Report of the Indian Hemp Drugs Commission, 1894-1895 - Volume VI
Year: 1894
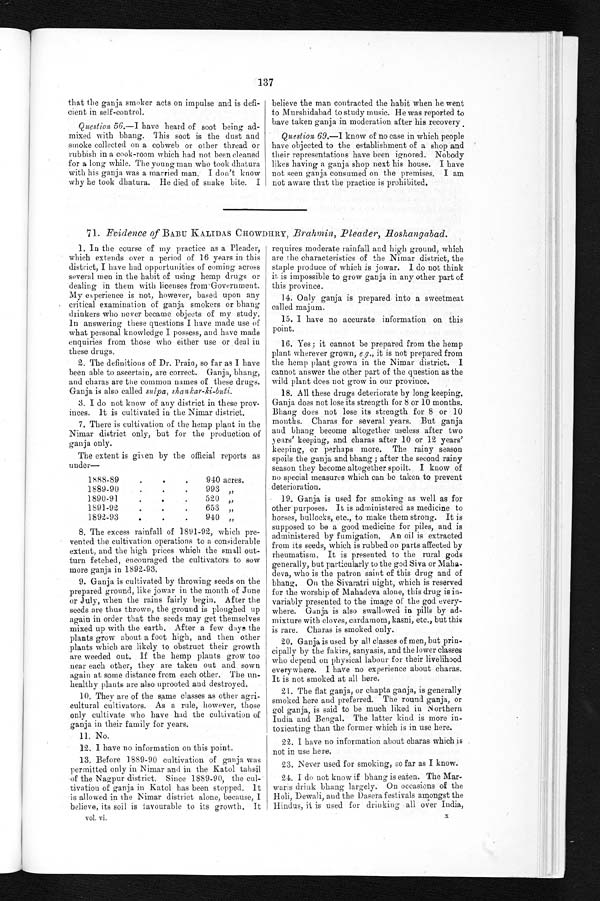
137
that the ganja smoker acts on impulse and is defi-
cient in self-control.
Question 56 .—I have heard of soot being ad-
mixed with bhang. This soot is the dust and
smoke collected on a cobweb or other thread or
rubbish in a cook-room which had not been cleaned
for a long while. The young man who took dhatura
with his ganja was a married man. I don't know
why he took dhatura. He died of snake bite. I
believe the man contracted the habit when he went
to Murshidabad to study music. He was reported to
have taken ganja in moderation after his recovery.
Question 69.—I know of no case in which people
have objected to the establishment of a shop and
their representations have been ignored. Nobody
likes having a ganja shop next his house. I have
not seen ganja consumed on the premises. I am
not aware that the practice is prohibited.
71. Evidence of BABU KALIDAS CHOWDHRY, Brahmin, Pleader, Hoshangabad.
1. In the course of my practice as a Pleader,
which extends over a period of 16 years in this
district, I have had opportunities of coming across
several men in the habit of using hemp drugs or
dealing in them with licenses from Government.
My experience is not, however, based upon any
critical examination of ganja smokers or bhang
drinkers who never became objects of my study.
In answering these questions I have made use of
what personal knowledge I possess, and have made
enquiries from those who either use or deal in
these drugs.
2. The definitions of Dr. Prain, so far as I have
been able to ascertain, are correct. Ganja, bhang,
and charas are the common names of these drugs.
Ganja is also called sulpa, shankar-ki-buti.
3.
I do not know of any district in these prov-
inces. It is cultivated in the Nimar district.
7. There is cultivation of the hemp plant in the
Nimar district only, but for the production of
ganja only.
The extent is given by the official reports as
u n d e r —
1888-89
.
.
.
940 acres.
1889-90
.
.
.
993 „
1890-91.
..
520 „
1891-92
.
.
.
653 „
1892-93.
..
940 „
8. The excess rainfall of 1891-92, which pre-
vented the cultivation operations to a considerable
extent, and the high prices which the small out-
turn fetched, encouraged the cultivators to sow
more ganja in 1892-93.
9. Ganja is cultivated by throwing seeds on the
prepared ground, like jowar in the month of June
or July, when the rains fairly begin. After the
seeds are thus thrown, the ground is ploughed up
again in order that the seeds may get themselves
mixed up with the earth. After a few days the
plants grow about a foot high, and then other
plants which are likely to obstruct their growth
are weeded out. If the hemp plants grow too
near each other, they are taken out and sown
again at some distance from each other. The un-
healthy plants are also uprooted and destroyed.
10. They are of the same classes as other agri-
cultural cultivators. As a rule, however, those
only cultivate who have had the cultivation of
ganja in their family for years.
11. No.
12. I have no information on this point.
13. Before 1889-90 cultivation of ganja was
permitted only in Nimar and in the Katol tahsil
of the Nagpur district. Since 1889-00, the cul-
tivation of ganja in Katol has been stopped. It
is allowed in the Nimar district alone, because, I
believe, its soil is favourable to its growth. It
vol. vi,
requires moderate rainfall and high ground, which
are the characteristics of the Nimar district, the
staple produce of which is jowar. I do not think
it is impossible to grow ganja in any other part of
this province.
14. Only ganja is prepared into a sweetmeat
called majum.
15. I have no accurate information on this
point.
16. Yes; it cannot be prepared from the hemp
plant wherever grown, e.g., it is not prepared from
the hemp plant grown in the Nimar district. I
cannot answer the other part of the question as the
wild plant does not grow in our province.
18. All these drugs deteriorate by long keeping.
Ganja does not lose its strength for 8 or 10 months.
Bhang does not lose its strength for 8 or 10
months. Charas for several years. But ganja
and bhang become altogether useless after two
years' keeping, and charas after 10 or 12 years'
keeping, or perhaps more. The rainy season
spoils the ganja and bhang; after the second rainy
season they become altogether spoilt. I know of
no special measures which can be taken to prevent
deterioration.
19. Ganja is used for smoking as well as for
other purposes. It is administered as medicine to
horses, bullocks, etc., to make them strong. It is
supposed to be a good medicine for piles, and is
administered by fumigation. An oil is extracted
from its seeds, which is rubbed on parts affected by
rheumatism. It is presented to the rural gods
generally, but particularly to the god Siva or Maha-
deva, who is the patron saint of this drug and of
bhang, On the Sivaratri night, which is reserved
for the worship of Mahadeva alone, this drug is in-
variably presented to the image of the god every-
where. Ganja is also swallowed in pills by ad-
mixture with cloves, cardamom, kasni, etc., but this
is rare. Charas is smoked only.
20. Ganja is used by all classes of men, but prin-
cipally by the fakirs, sanyasis, and the lower classes
who depend on physical labour for their livelihood
everywhere. I have no experience about charas.
It is not smoked at all here.
21. The flat ganja, or chapta ganja, is generally
smoked here and preferred. The round ganja, or
gel ganja, is said to be much liked in Northern
India and Bengal. The latter kind is more in-
toxicating than the former which is in use here.
22. I have no information about charas which is
not in use here.
23. Never used for smoking, s o far as I know.
24. I do not know if bhang is eaten. The Mar-
waris drink bhang largely. On occasions of the
Holi, Dewali, and the Dasera festivals amongst the
Hindus, it is used for drinking all over India,
X